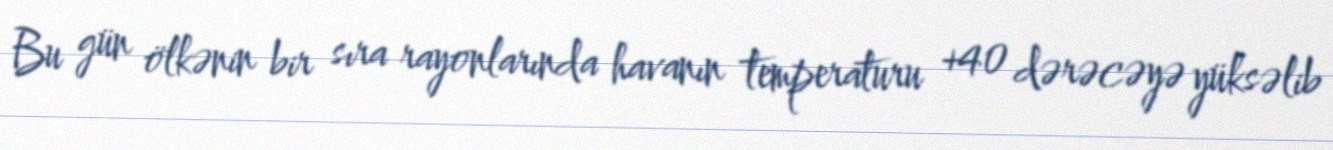
Bu gün ölkənin bir sıra rayonlarında havanın temperaturu +40 dərəcəyə yüksəlib